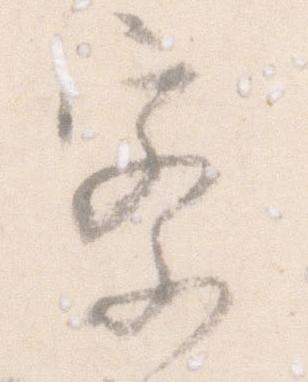
察